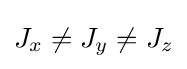
J_{x}\neq J_{y}\neq J_{z}